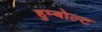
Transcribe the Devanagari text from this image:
हुम्बोल्ट